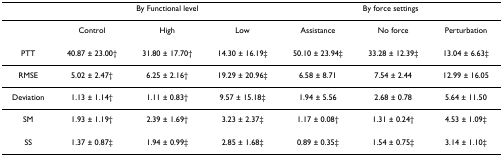
<table><thead><tr><td></td><td colspan="3"><b>By Functional level</b></td><td colspan="3"><b>By force settings</b></td></tr></thead><tbody><tr><td></td><td>Control</td><td>High</td><td>Low</td><td>Assistance</td><td>No force</td><td>Perturbation</td></tr><tr><td>PTT</td><td>40.87 ± 23.00†</td><td>31.80 ± 17.70†</td><td>14.30 ± 16.19‡</td><td>50.10 ± 23.94‡</td><td>33.28 ± 12.39‡</td><td>13.04 ± 6.63‡</td></tr><tr><td>RMSE</td><td>5.02 ± 2.47†</td><td>6.25 ± 2.16†</td><td>19.29 ± 20.96‡</td><td>6.58 ± 8.71</td><td>7.54 ± 2.44</td><td>12.99 ± 16.05</td></tr><tr><td>Deviation</td><td>1.13 ± 1.14†</td><td>1.11 ± 0.83†</td><td>9.57 ± 15.18‡</td><td>1.94 ± 5.56</td><td>2.68 ± 0.78</td><td>5.64 ± 11.50</td></tr><tr><td>SM</td><td>1.93 ± 1.19†</td><td>2.39 ± 1.69†</td><td>3.23 ± 2.37‡</td><td>1.17 ± 0.08†</td><td>1.31 ± 0.24†</td><td>4.53 ± 1.09‡</td></tr><tr><td>SS</td><td>1.37 ± 0.87‡</td><td>1.94 ± 0.99‡</td><td>2.85 ± 1.68‡</td><td>0.89 ± 0.35‡</td><td>1.54 ± 0.75‡</td><td>3.14 ± 1.10‡</td></tr></tbody></table>